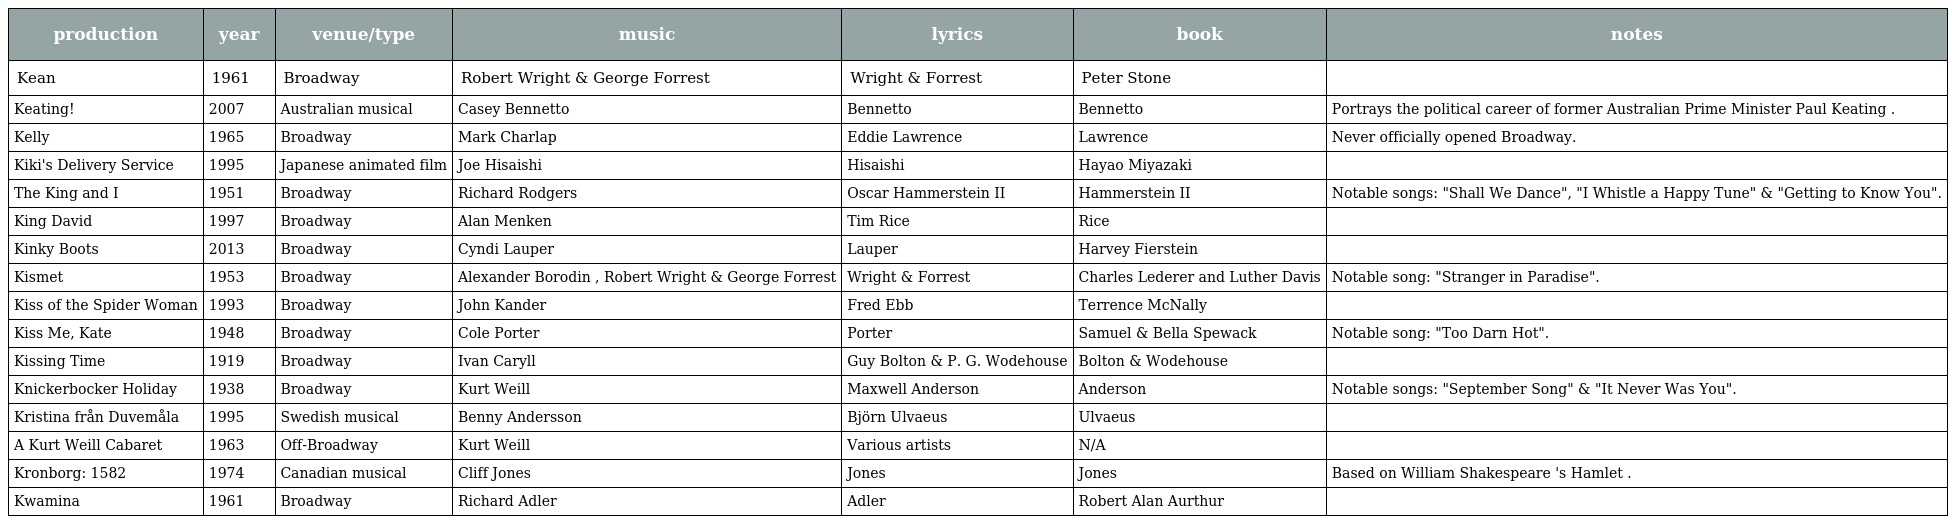
| production | year | venue/type | music | lyrics | book | notes |
 | --- | --- | --- | --- | --- | --- | --- |
 | Kean | 1961 | Broadway | Robert Wright & George Forrest | Wright & Forrest | Peter Stone |  |
 | Keating! | 2007 | Australian musical | Casey Bennetto | Bennetto | Bennetto | Portrays the political career of former Australian Prime Minister Paul Keating . |
 | Kelly | 1965 | Broadway | Mark Charlap | Eddie Lawrence | Lawrence | Never officially opened Broadway. |
 | Kiki's Delivery Service | 1995 | Japanese animated film | Joe Hisaishi | Hisaishi | Hayao Miyazaki |  |
 | The King and I | 1951 | Broadway | Richard Rodgers | Oscar Hammerstein II | Hammerstein II | Notable songs: "Shall We Dance", "I Whistle a Happy Tune" & "Getting to Know You". |
 | King David | 1997 | Broadway | Alan Menken | Tim Rice | Rice |  |
 | Kinky Boots | 2013 | Broadway | Cyndi Lauper | Lauper | Harvey Fierstein |  |
 | Kismet | 1953 | Broadway | Alexander Borodin , Robert Wright & George Forrest | Wright & Forrest | Charles Lederer and Luther Davis | Notable song: "Stranger in Paradise". |
 | Kiss of the Spider Woman | 1993 | Broadway | John Kander | Fred Ebb | Terrence McNally |  |
 | Kiss Me, Kate | 1948 | Broadway | Cole Porter | Porter | Samuel & Bella Spewack | Notable song: "Too Darn Hot". |
 | Kissing Time | 1919 | Broadway | Ivan Caryll | Guy Bolton & P. G. Wodehouse | Bolton & Wodehouse |  |
 | Knickerbocker Holiday | 1938 | Broadway | Kurt Weill | Maxwell Anderson | Anderson | Notable songs: "September Song" & "It Never Was You". |
 | Kristina från Duvemåla | 1995 | Swedish musical | Benny Andersson | Björn Ulvaeus | Ulvaeus |  |
 | A Kurt Weill Cabaret | 1963 | Off-Broadway | Kurt Weill | Various artists | N/A |  |
 | Kronborg: 1582 | 1974 | Canadian musical | Cliff Jones | Jones | Jones | Based on William Shakespeare 's Hamlet . |
 | Kwamina | 1961 | Broadway | Richard Adler | Adler | Robert Alan Aurthur |  |